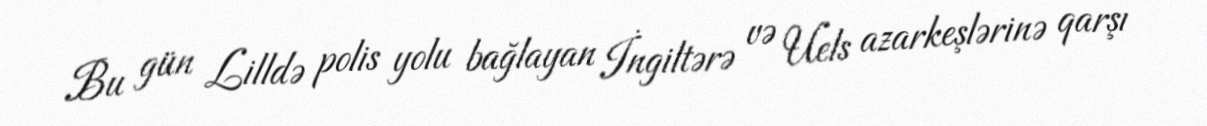
Bu gün Lilldə polis yolu bağlayan İngiltərə və Uels azarkeşlərinə qarşı